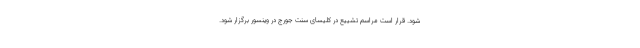
شود. قرار است مراسم تشییع در کلیسای سنت جورج در وینسور برگزار شود.